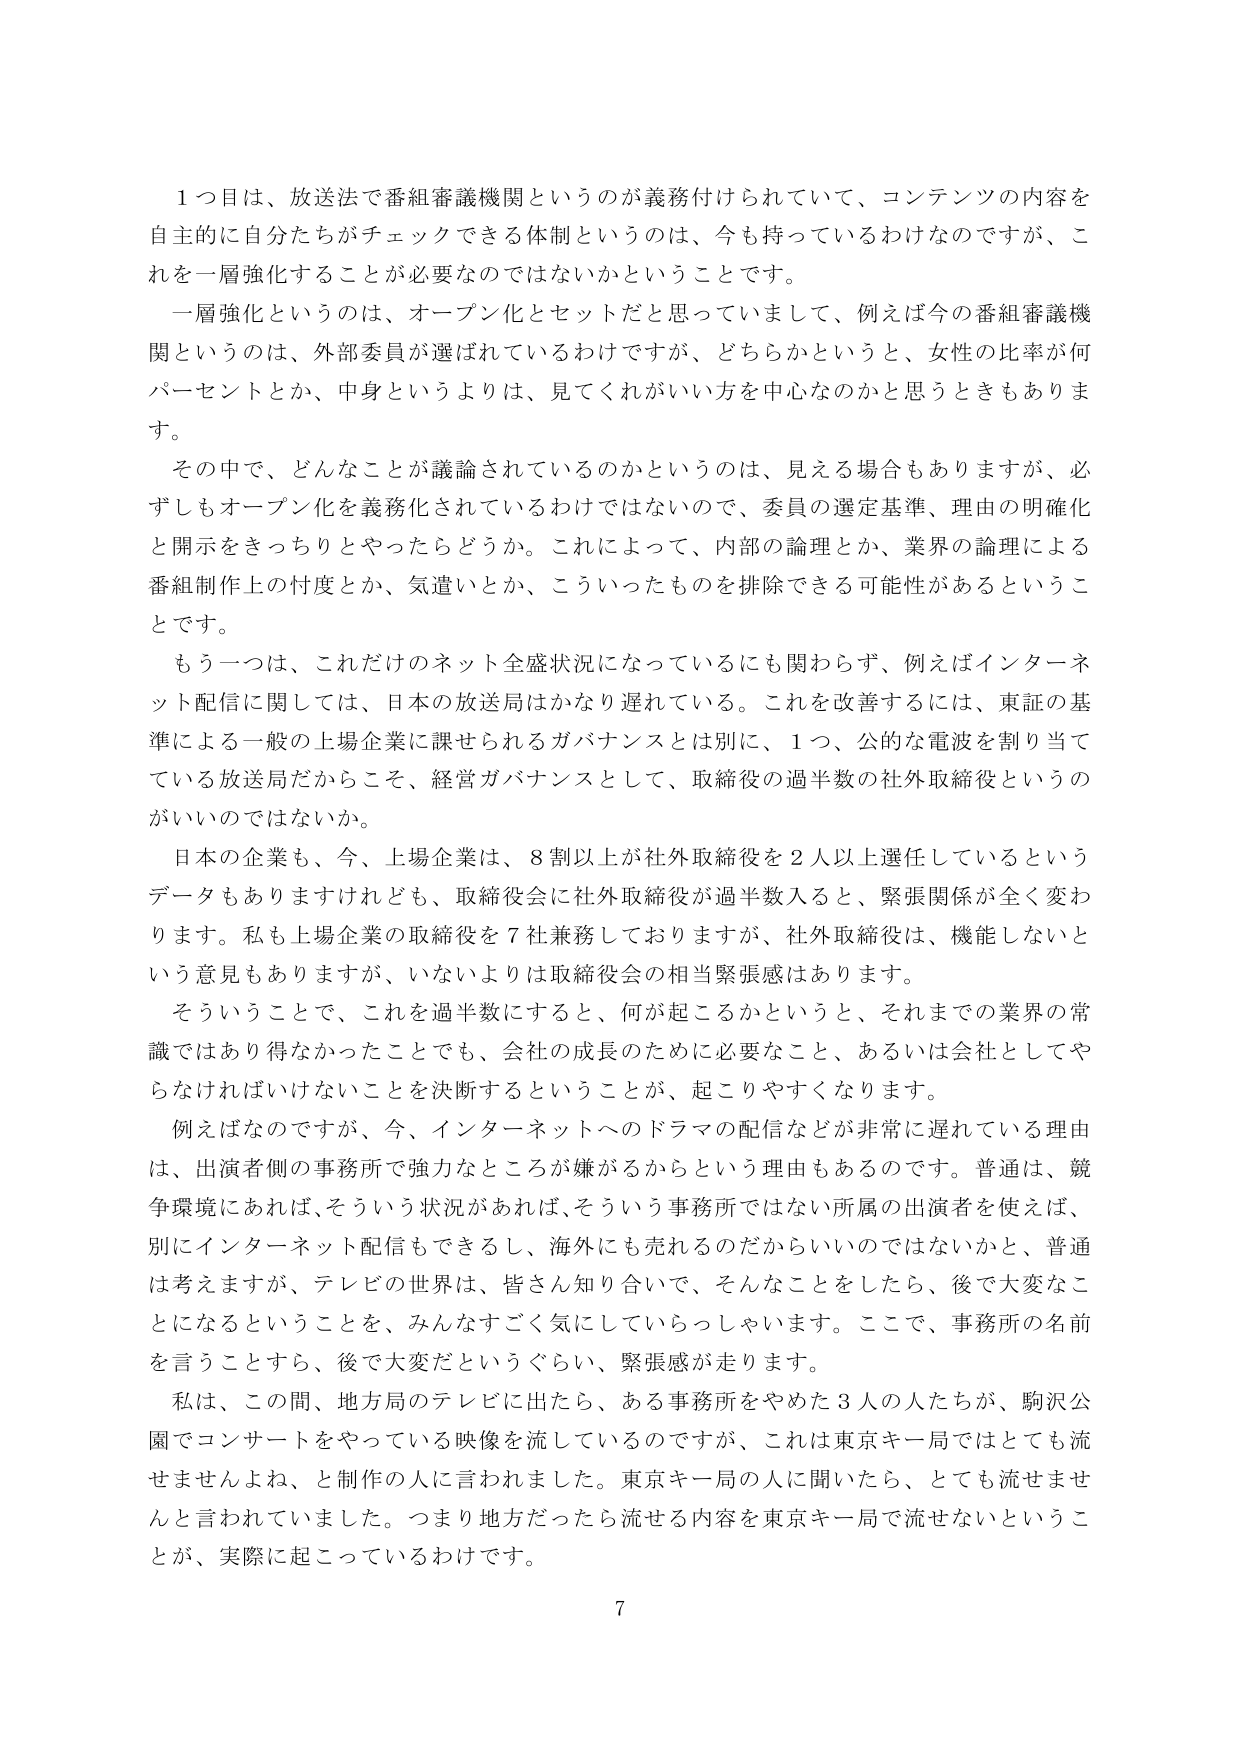
1つ目は、放送法で番組審議機関というのが義務付けられていて、コンテンツの内容を自主的に自分たちがチェックできる体制というのは、今も持っているわけなのですが、これを一層強化することが必要なのではないかということです。

一層強化というのは、オープン化とセットだと思っていまして、例えば今の番組審議機関というのは、外部委員が選ばれているわけですが、どちらかというと、女性の比率が何パーセントとか、中身というよりは、見てくれがいい方を中心なのかと思うときもあります。

その中で、どんなことが議論されているのかというのは、見える場合もありますが、必ずしもオープン化を義務化されているわけではないので、委員の選定基準、理由の明確化と開示をきっちりとやったらどうか。これによって、内部の論理とか、業界の論理による番組制作上の忖度とか、気遣いとか、こういったものを排除できる可能性があるということです。

もう一つは、これだけのネット全盛状況になっているにも関わらず、例えばインターネット配信に関しては、日本の放送局はかなり遅れている。これを改善するには、東証の基準による一般の上場企業に課せられるガバナンスとは別に、1つ、公的な電波を割り当てている放送局だからこそ、経営ガバナンスとして、取締役の過半数の社外取締役というのがいいのではないか。

日本の企業も、今、上場企業は、8割以上が社外取締役を2人以上選任しているというデータもありますけれども、取締役会に社外取締役が過半数入ると、緊張関係が全く変わります。私も上場企業の取締役を7社兼務しておりますが、社外取締役は、機能しないという意見もありますが、いないよりは取締役会の相当緊張感はあります。

そういうことで、これを過半数にすると、何が起こるかというと、それまでの業界の常識ではあり得なかったことでも、会社の成長のために必要なこと、あるいは会社としてやらなければならないことを決断するということが、起こりやすくなります。

例えばなのですが、今、インターネットへのドラマの配信などが非常に遅れている理由は、出演者側の事務所で強力なところが嫌がるからという理由もあるのです。普通は、競争環境にあれば、そういう状況があれば、そういう事務所ではない所属の出演者を使えば、別にインターネット配信もできるし、海外にも売れるのだからいいのではないかと、普通は考えますが、テレビの世界は、皆さん知り合いで、そんなことをしたら、後で大変なことになるということを、みんなすごく気にしていらっしゃいます。ここで、事務所の名前を言うことすら、後で大変だというぐらい、緊張感が走ります。

私は、この間、地方局のテレビに出たら、ある事務所をやめた3人の人たちが、駒沢公園でコンサートをやっている映像を流しているのですが、これは東京キー局ではとても流せませんよね、と制作の人に言われました。東京キー局の人に聞いたら、とても流せませんと言われていました。つまり地方だったら流せる内容を東京キー局で流せないということが、実際に起こっているわけです。

7